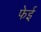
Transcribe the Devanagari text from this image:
फेई